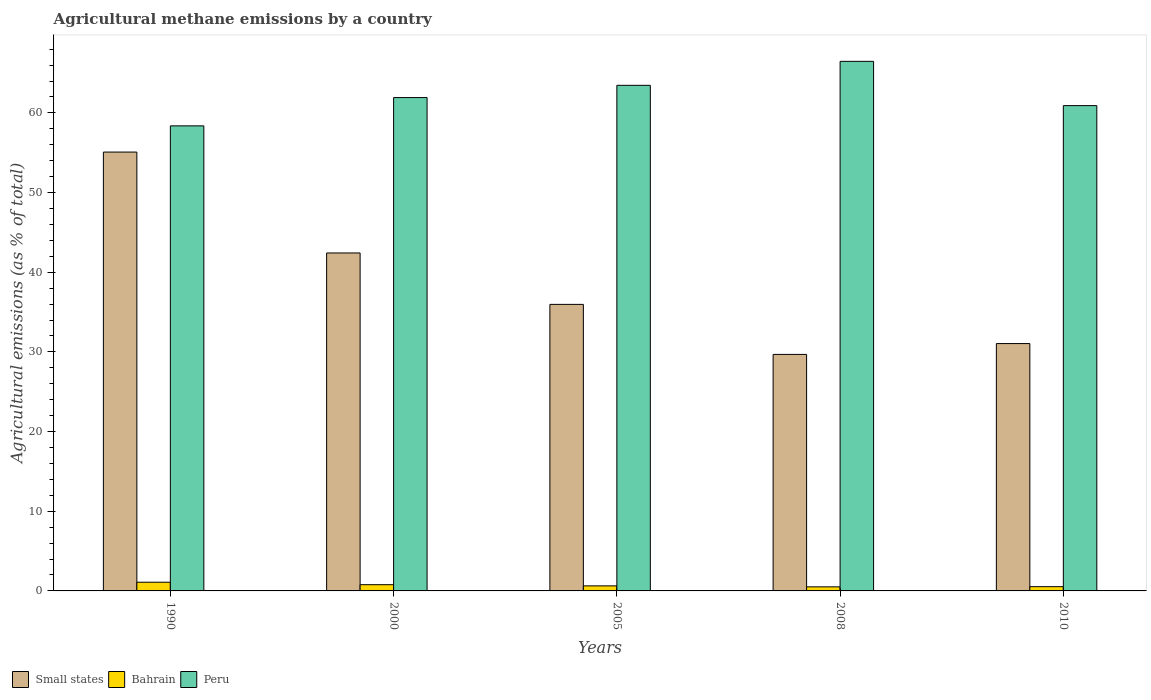
| Years | Small states | Bahrain | Peru |
 | --- | --- | --- | --- |
 | 1990 | 55.1 | 1.09 | 58.4 |
 | 2000 | 42.4 | 0.782 | 61.9 |
 | 2005 | 36 | 0.634 | 63.5 |
 | 2008 | 29.7 | 0.51 | 66.5 |
 | 2010 | 31 | 0.534 | 60.9 |